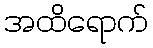
အထိရောက်